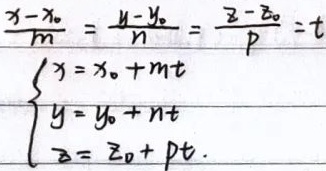
\[\frac{x - x_0}{m}=\frac{y - y_0}{n}=\frac{z - z_0}{p}=t\]
\[\begin{cases}
x = x_0 + mt\\
y = y_0 + nt\\
z = z_0 + pt
\end{cases}\]